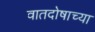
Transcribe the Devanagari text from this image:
वातदोषाच्या